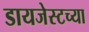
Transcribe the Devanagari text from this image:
डायजेस्टच्या